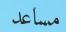
مساعد